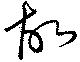
故